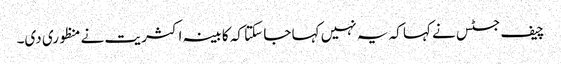
چیف جسٹس نے کہا کہ یہ نہیں کہا جا سکتا کہ کابینہ اکثریت نے منظوری دی۔